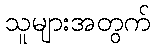
သူများအတွက်